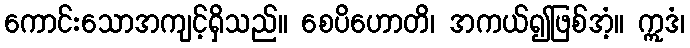
ကောင်းသောအကျင့်ရှိသည်။ စေပိဟောတိ၊ အကယ်၍ဖြစ်အံ့။ ဣဒံ၊